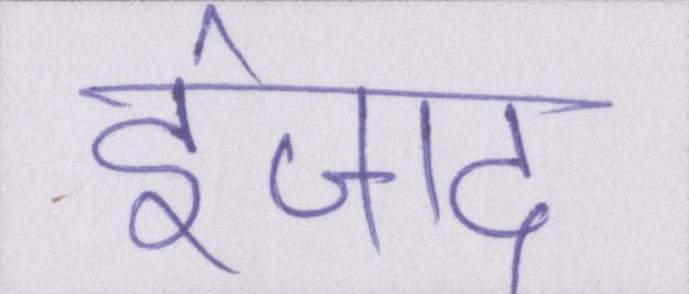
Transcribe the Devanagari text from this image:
ईजाद